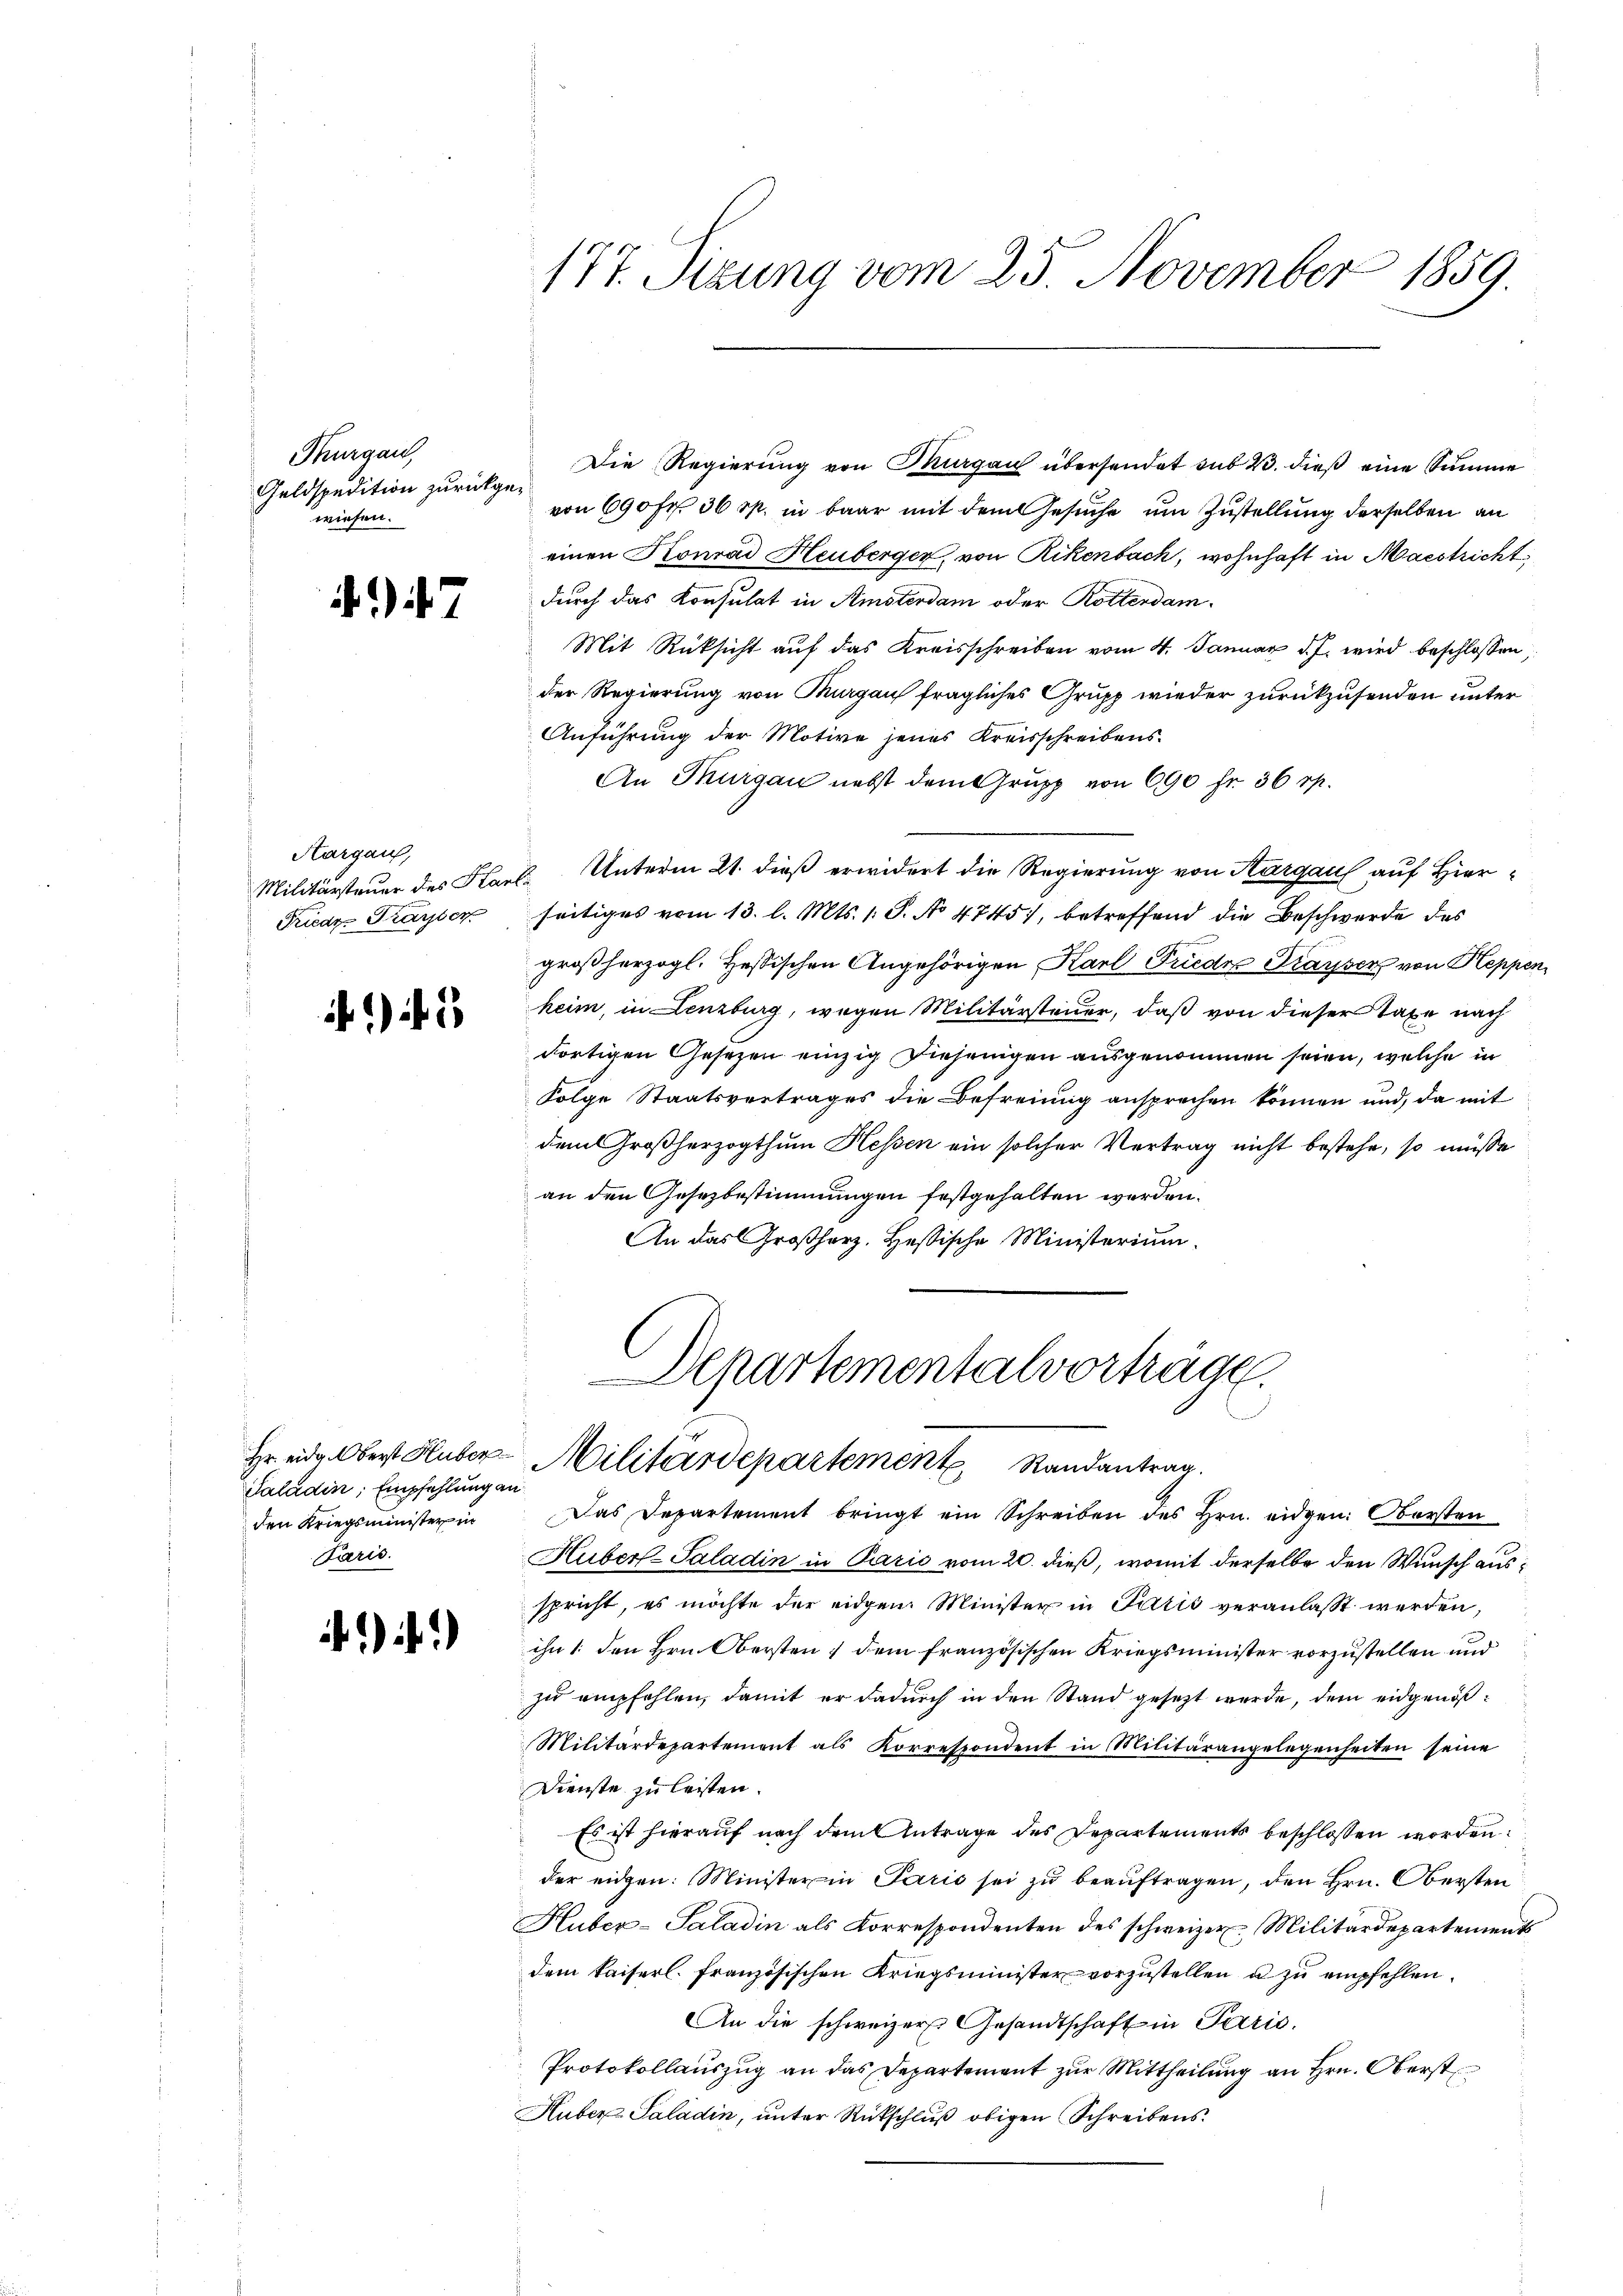
Thurgau,
Geldspedition zurückgewiesen.

7

Aargau,
Friedr. Trayser

1 f 3

Saladin, Empfehlung an
den Kriegsminister in
Paris.

)

Die Regierung von Thurgau übersendet sub 23. dieß eine Summe
von 690 Fr. 36 M. in baar mit dem Gesuche um Zustellung derselben an
einen Konrad Heuberger, von Rikenbach, wohnhaft in Maestricht
durch das Konsulat in Amsterdam oder Rotterdam.
Mit Rüksicht auf das Kreisschreiben vom 4. Januar d. J. wird beschlossen,
der Regierung von Turgau fragliches Grupp wieder zurückzusenden unter
Anführung der Motive jenes Kreisschreibens-
An Thurgau nebst dem Grupp von 690 fr. 36 rp.
Militärsteuer des Karl Unterm 21. dieß erwidert die Regierung von Sargau auf Hierseitiges vom 13. l. Mts. 1 S. No 4745), betreffend die Beschwerde des
großherzogl. Hessischen Angehörigen Karl Frieder Drayser von Heppen
heim, in Lenzburg, wegen Militärsteuer, daß von dieser Taxe nach
dortigen Gesezen einzig diejenigen ausgenommen seien, welche in
Folge Staatsvertrages die Befreiung ansprechen können und, da mit
dem Großherzogthum Hessen ein solcher Vertrag nicht bestehe, so müsse
an den Gesezbestimmungen festgehalten werden.
An das Großherz. Hessische Ministerium.

177. Sizung vom 25. November 1859.

Departementalvorträge.
Hr. eidg. Oberst Huber-Militärdepartement Randantrag.

Das Departement bringt ein Schreiben des Hrn. eidgen: Obersten
Huber-Paladin in Paris vom 20. dieß, womit derselbe den Wunsch ausspricht, es möchte der eidgen Minister in Paris veranlasst werden,
ihn /: den Hrn. Obersten dem französischen Kriegsminister vorzustellen und
zu empfehlen, damit er dadurch in den Stand gesetzt werde, dem eidgenöß¬
Militärdepartemont als Korrespondent in Militärangelegenheiten seine
Dienste zu leisten.
Es ist hierauf nach dem Antrage des Departements beschlossen worden.
der eidgen: Minister in Paris sei zu beauftragen, den Hrn. Obersten
Huber-Saladin als Korrespondenten des schweizer Militärdepartements
dem kaiserl. Französischen Kriegsminister vorzustellen u zu empfehlen.
An die schweizer Gesandtschaft in Paris.
Protokollauszug an das Departement zur Mittheilung an Hrn. Oberst
Huber Saladin, unter Rückschluß obigen Schreibens¬